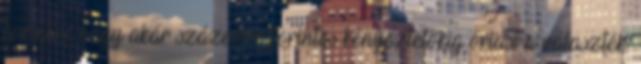
forintos, vagy akár százezer forintos kényeztetőkig óriási a választék.